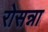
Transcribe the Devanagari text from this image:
रोसन्ना